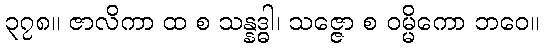
၃၇၈။ ဇာလိကာ ထ စ သန္နဒ္ဓါ၊ သဇ္ဇော စ ဝမ္မိကော ဘဝေ။